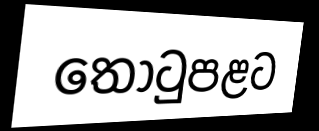
තොටුපළට